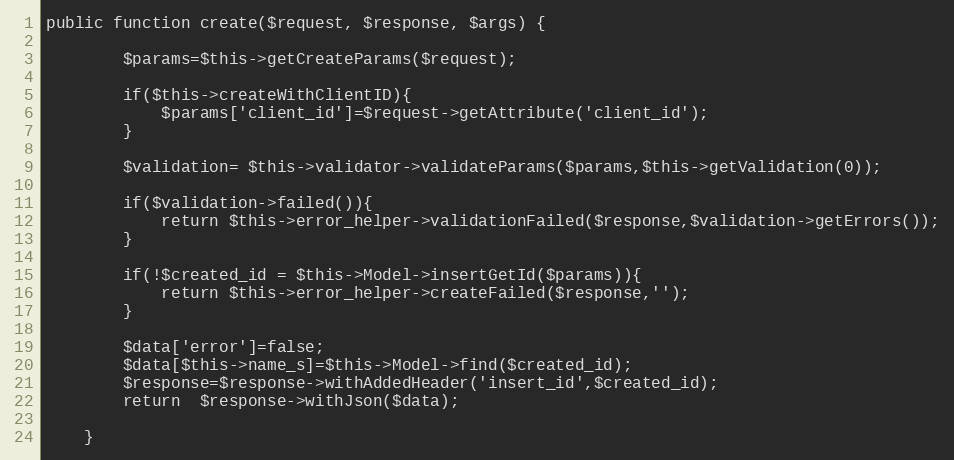
Language: PHP
public function create($request, $response, $args) {

		$params=$this->getCreateParams($request);

		if($this->createWithClientID){
			$params['client_id']=$request->getAttribute('client_id');
		}

		$validation= $this->validator->validateParams($params,$this->getValidation(0));

		if($validation->failed()){
			return $this->error_helper->validationFailed($response,$validation->getErrors());
		}

		if(!$created_id = $this->Model->insertGetId($params)){
			return $this->error_helper->createFailed($response,'');
		}

		$data['error']=false;
		$data[$this->name_s]=$this->Model->find($created_id);
		$response=$response->withAddedHeader('insert_id',$created_id);
		return  $response->withJson($data);

	}